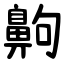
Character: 齁